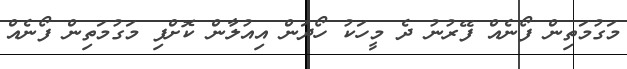
މަގުމަތިން ފޯނެއް ފޭރުނު ދެ މީހަކު ހޯދަން އިއުލާން ކޮށްފި މަގުމަތިން ފޯނެއް